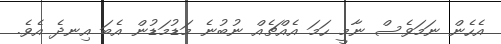
އެހެން ނަމަވެސް ނާމީ ހަމަ އެއްޗެއް ނުބުނެ މަޑުމަޑުން އެބަ އިނދެ އެވެ.